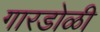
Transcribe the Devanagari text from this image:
गारडोळी